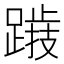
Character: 𨅅